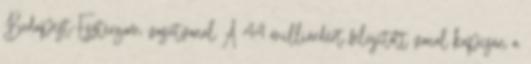
Budapest-Esztergom vasútvonal A 44 milliárdért felújított vonal kapcsán a